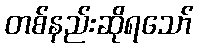
တစ်နည်းဆိုရသော်